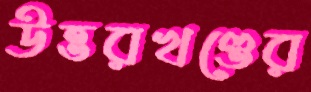
উত্তরখণ্ডের